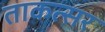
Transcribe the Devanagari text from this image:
ताकत्सर